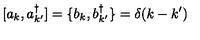
[ a _ { k } , a _ { k ^ { \prime } } ^ { \dagger } ] = \{ b _ { k } , b _ { k ^ { \prime } } ^ { \dagger } \} = \delta ( k - k ^ { \prime } )